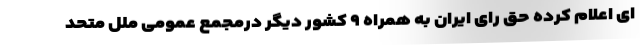
ای اعلام کرده حق رای ایران به همراه ۹ کشور دیگر درمجمع عمومی ملل متحد